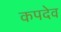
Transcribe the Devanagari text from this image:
कपदेव